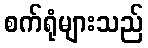
စက်ရုံများသည်